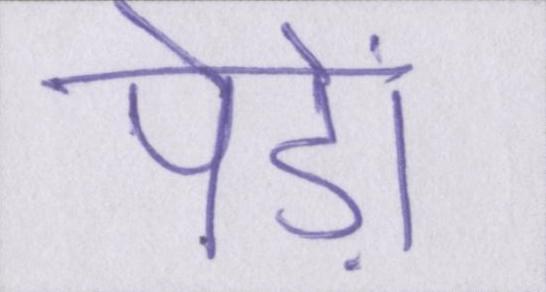
पेड़ों